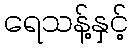
ရေသန့်နှင့်